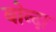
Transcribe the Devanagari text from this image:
बोन्‍दा